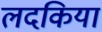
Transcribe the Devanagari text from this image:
लदकिया